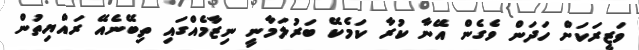
ވަޒީރަކަށް ހަދަން ވެގެން އޭނާ ކުރާ ކަމެކޭ ބަރުލަމާނީ ނިޒާމެއްގައި ތިބޭނެއޭ ރައްޔިތުން